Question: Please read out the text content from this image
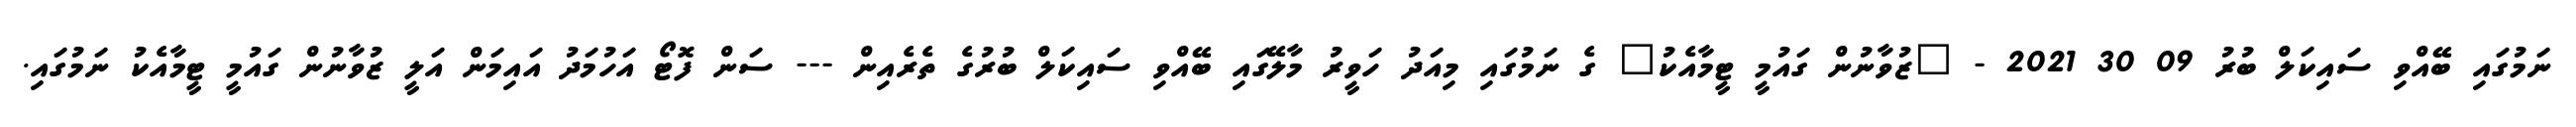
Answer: ނަމުގައި ބޭއްވި ސައިކަލް ބުރު 09 30 2021 - "ޒުވާނުން ގައުމީ ޓީމާއެކު" ގެ ނަމުގައި މިއަދު ހަވީރު މާލޭގައި ބޭއްވި ސައިކަލް ބުރުގެ ތެރެއިން --- ސަން ފޮޓޯ އަހުމަދު އައިމަން އަލީ ޒުވާނުން ގައުމީ ޓީމާއެކު ނަމުގައި.